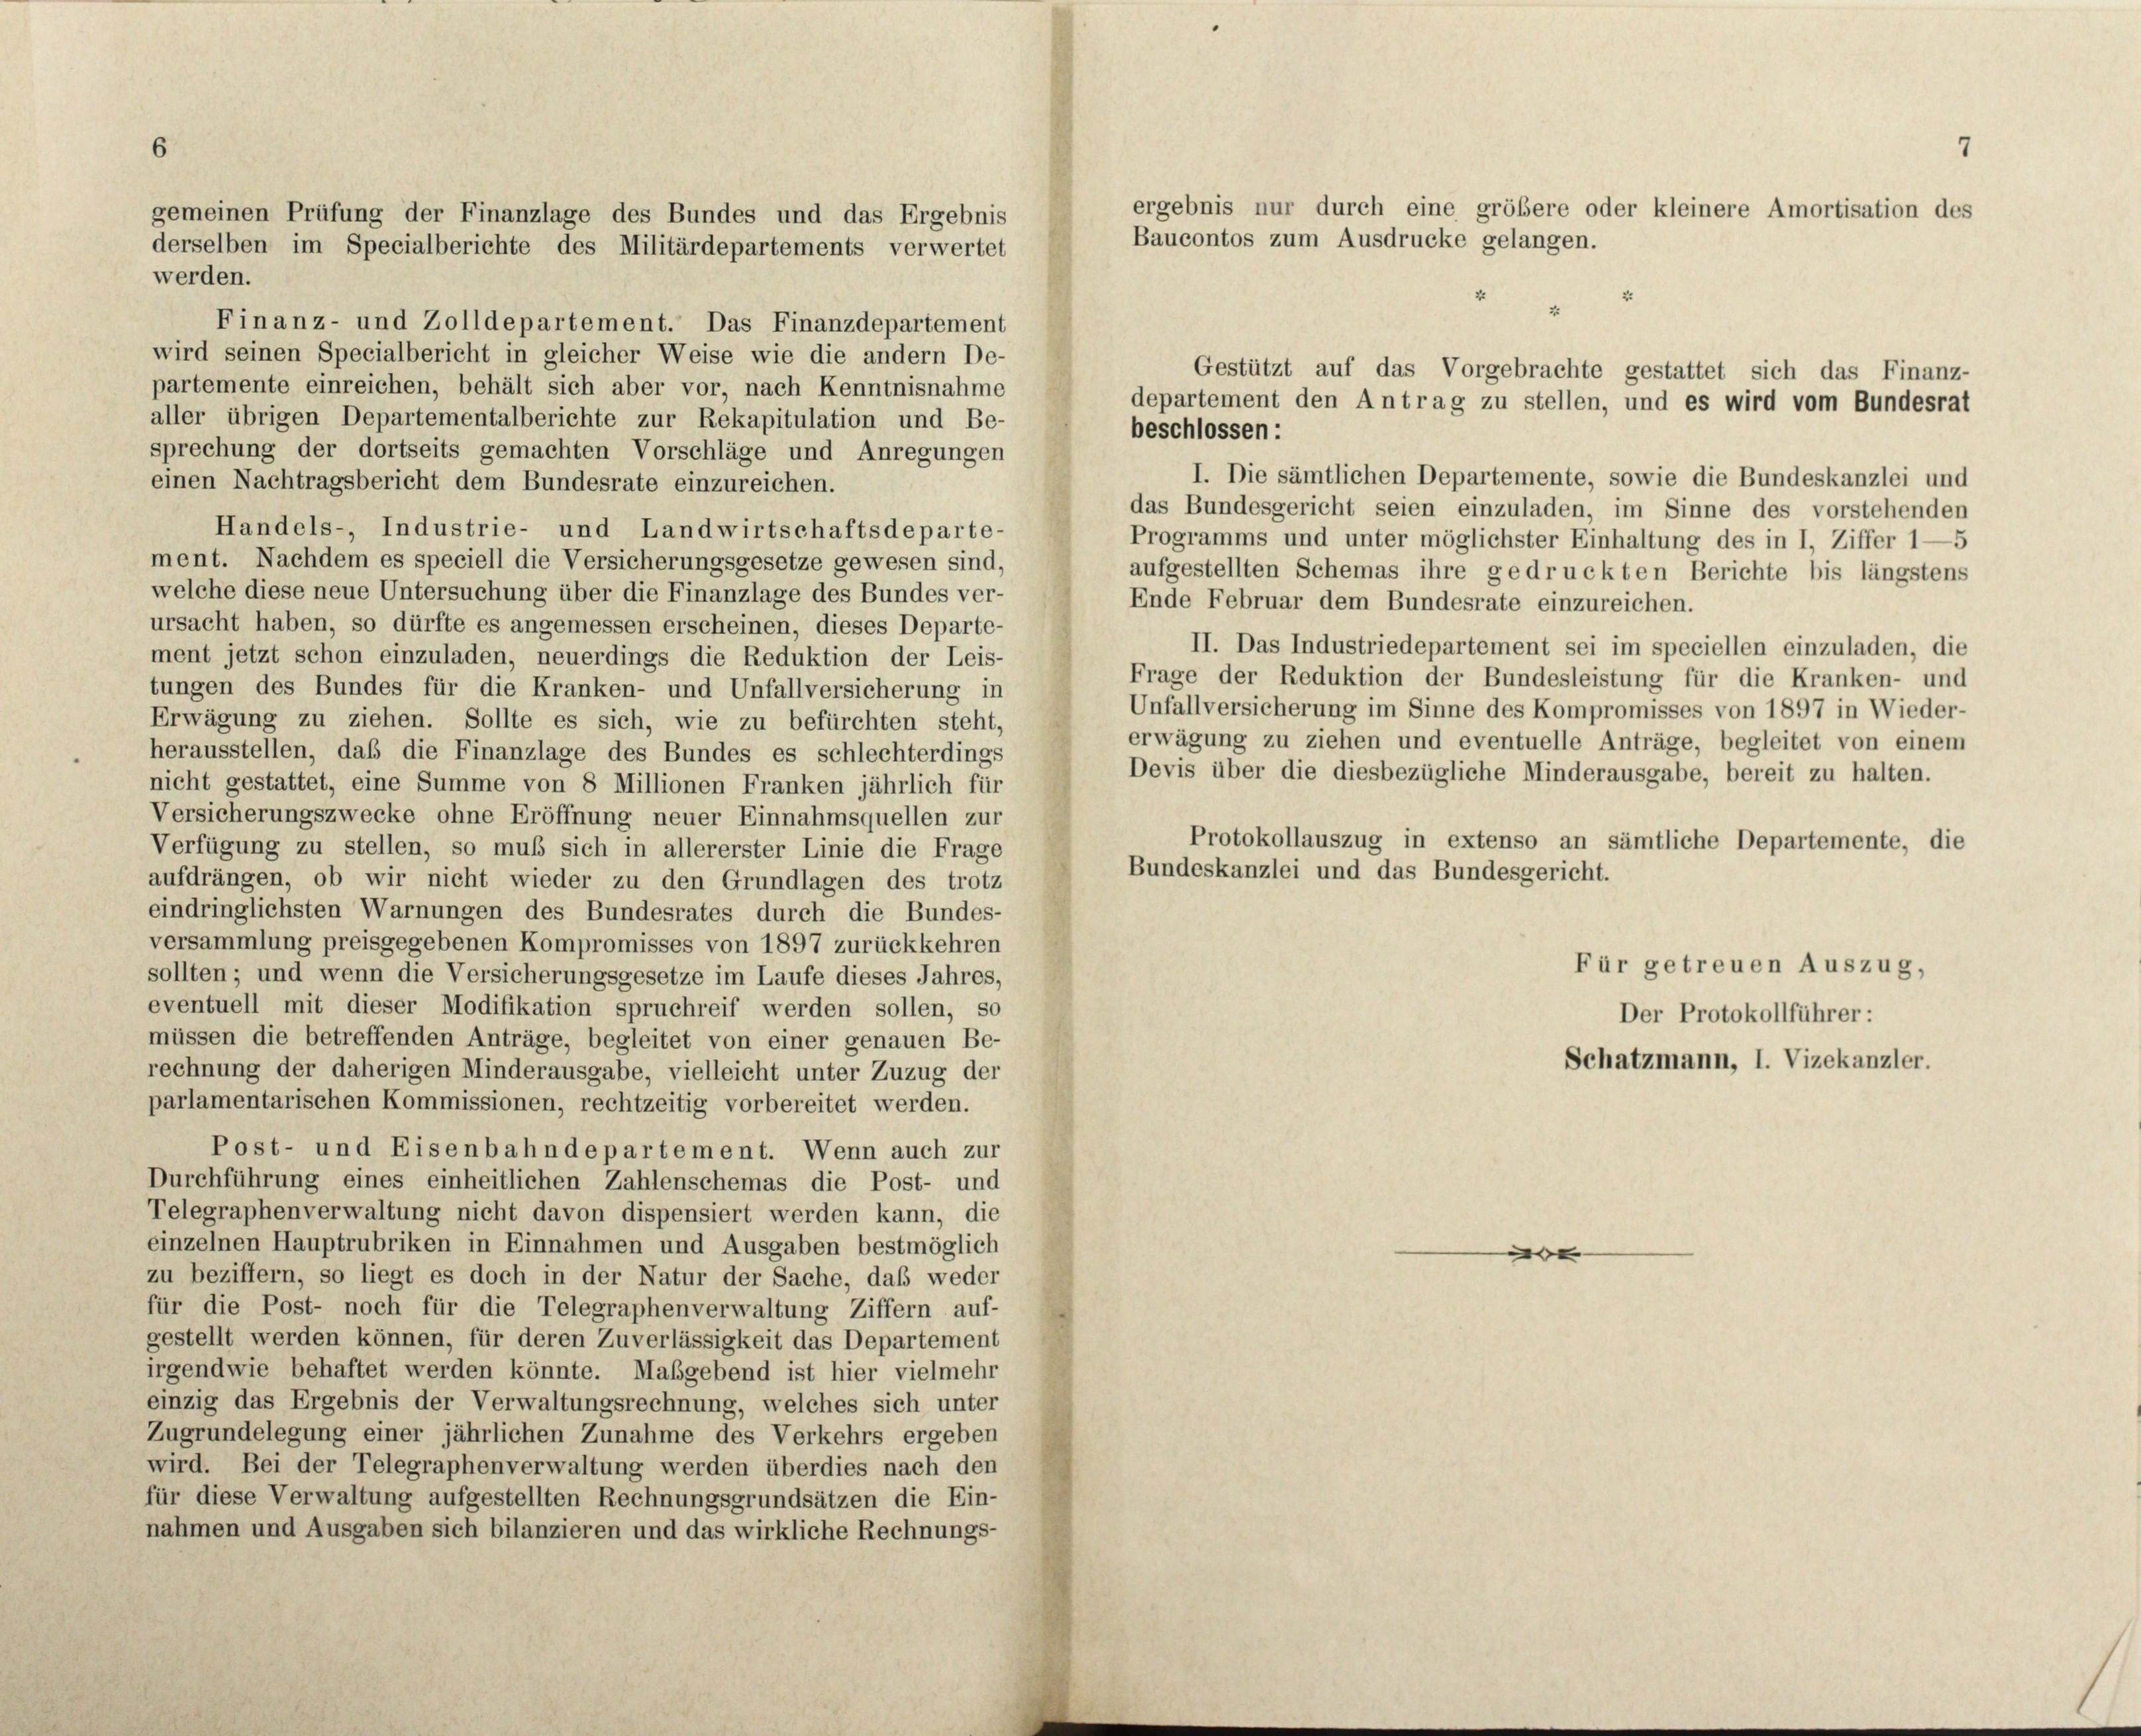
2
Finanz- und Zolldepartement. Das Finanzdepartement
wird seinen Specialbericht in gleicher Weise wie die andern De-
Gestützt auf das Vorgebrachte gestattet sich das Finanz-
partemente einreichen, behält sich aber vor, nach Kenntnisnahme
departement den Antrag zu stellen, und es wird vom Bundesrat
aller übrigen Departementalberichte zur Rekapitulation und Be-
beschlossen:
sprechung der dortseits gemachten Vorschläge und Anregungen
einen Nachtragsbericht dem Bundesrate einzureichen.
das Bundesgericht seien einzuladen, im Sinne des vorstehenden
Handels-, Industrie- und Landwirtschaftsdeparte-
Programms und unter möglichster Einhaltung des in I, Ziffer 1—5
ment. Nachdem es speciell die Versicherungsgesetze gewesen sind,
aufgestellten Schemas ihre gedruckten Berichte bis längstens
welche diese neue Untersuchung über die Finanzlage des Bundes ver-
Ende Februar dem Bundesrate einzureichen.
ursacht haben, so dürfte es angemessen erscheinen, dieses Departe-
II. Das Industriedepartement sei im speciellen einzuladen, die
ment jetzt schon einzuladen, neuerdings die Reduktion der Leis-
Frage der Reduktion der Bundesleistung für die Kranken- und
tungen des Bundes für die Kranken- und Unfallversicherung in
Unfallversicherung im Sinne des Kompromisses von 1897 in Wieder-
Erwägung zu ziehen. Sollte es sich, wie zu befürchten steht,
erwägung zu ziehen und eventuelle Anträge, begleitet von einem
herausstellen, daß die Finanzlage des Bundes es schlechterdings
Devis über die diesbezügliche Minderausgabe, bereit zu halten.
nicht gestattet, eine Summe von 8 Millionen Franken jährlich für
Versicherungszwecke ohne Eröffnung neuer Einnahmsquellen zur
Protokollauszug in extenso an sämtliche Departemente, die
Verfügung zu stellen, so muß sich in allererster Linie die Frage
Bundeskanzlei und das Bundesgericht.
aufdrängen, ob wir nicht wieder zu den Grundlagen des trotz
eindringlichsten Warnungen des Bundesrates durch die Bundes-
versammlung preisgegebenen Kompromisses von 1897 zurückkehren
Für getreuen Auszug,
sollten; und wenn die Versicherungsgesetze im Laufe dieses Jahres,
eventuell mit dieser Modifikation spruchreif werden sollen, so
Der Protokollführer:
müssen die betreffenden Anträge, begleitet von einer genauen Be-
Schatzmann, I. Vizekanzler.
rechnung der daherigen Minderausgabe, vielleicht unter Zuzug der
parlamentarischen Kommissionen, rechtzeitig vorbereitet werden.
Post- und Eisenbahndepartement. Wenn auch zur
Durchführung eines einheitlichen Zahlenschemas die Post- und
Telegraphenverwaltung nicht davon dispensiert werden kann, die
einzelnen Hauptrubriken in Einnahmen und Ausgaben bestmöglich
e
zu beziffern, so liegt es doch in der Natur der Sache, daß weder
für die Post- noch für die Telegraphenverwaltung Ziffern auf-
gestellt werden können, für deren Zuverlässigkeit das Departement
irgendwie behaftet werden könnte. Maßgebend ist hier vielmehr
einzig das Ergebnis der Verwaltungsrechnung, welches sich unter
Zugrundelegung einer jährlichen Zunahme des Verkehrs ergeben
wird. Bei der Telegraphenverwaltung werden überdies nach den
für diese Verwaltung aufgestellten Rechnungsgrundsätzen die Ein-
nahmen und Ausgaben sich bilanzieren und das wirkliche Rechnungs-

gemeinen Prüfung der Finanzlage des Bundes und das Ergebnis
derselben im Specialberichte des Militärdepartements verwertet
werden.

ergebnis nur durch eine größere oder kleinere Amortisation des
Baucontos zum Ausdrucke gelangen.

I. Die sämtlichen Departemente, sowie die Bundeskanzlei und